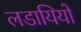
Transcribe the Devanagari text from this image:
लडायियों